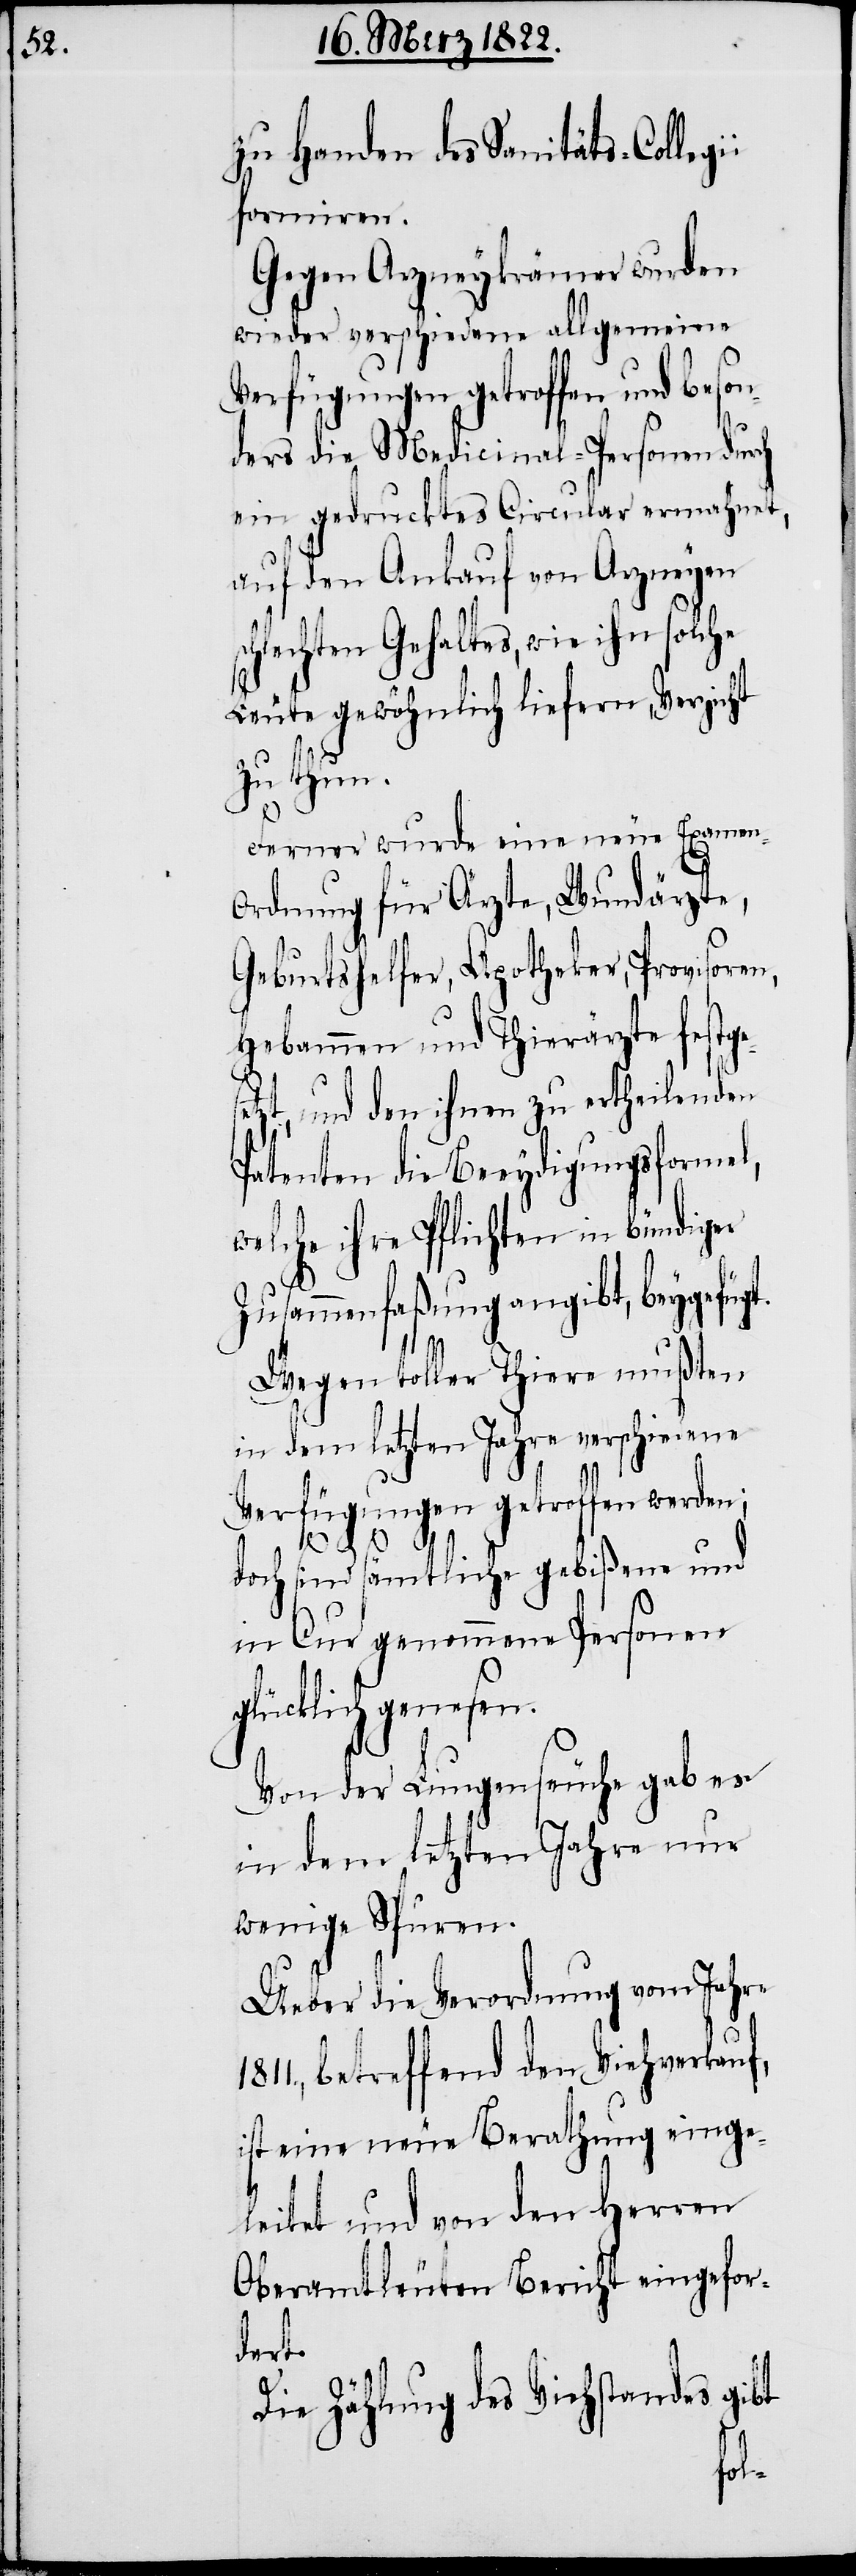
zu Handen des Sanitäts-Colleg¬
formiren.
Gegen Arzneykrämer wurden
wieder verschiedene allgemeine
Verfügungen getroffen, und beso¬
nders die Medicinal-Personen durch
ein gedrucktes Circular ermahnt,
auf den Ankauf von Arzneyen
hlechten Gehaltes, wie ihn solche
Leute gewöhnlich liefern, Verzicht
zu thun.
Ferner wurde eine neue Examen-O¬
rdnung für Ärzte, Wundärzte,
Geburtshelfer, Apotheker, Provisoren,
Hebammen und Thierärzte festge¬
tzt, und den ihnen zu ertheilenden
Petenten die Beeydigungsformel,
welche ihre Pflichten in bündiger
Zusammenfaßung angibt, beygefügt.
Wegen toller Thiere mußten
in dem letzten Jahre verschiedene
f,
Verfügungen getroffen werden;
doch sind sämtliche gebißene und
in Cur genommene Personen
glücklich genesen.
Von der Lungenseuche gab es
in dem letzten Jahre nur
wenige Spuren.
Ueber die Verordnung vom Jahre
betreffend den Viehverkau¬
ist eine neue Berathung einge¬
leitet und von den Herren
Oberamtleuten Bericht eingefor¬
dert.
Die Zählung des Viehstandes gibt
se¬